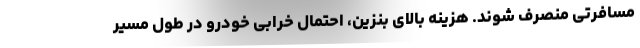
مسافرتی منصرف شوند. هزینه بالای بنزین، احتمال خرابی خودرو در طول مسیر